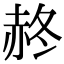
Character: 𧹝